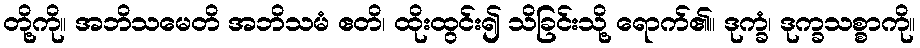
တို့ကို။ အဘိသမေတိ အဘိသမံ ဧတိ၊ ထိုးထွင်း၍ သိခြင်းသို့ ရောက်၏။ ဒုက္ခံ၊ ဒုက္ခသစ္စာကို။